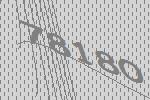
78180